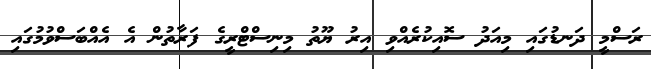
ރަސްމީ ދަނޑުގައި މިއަދު ސޮއިކުރެއްވި އިރު ޔޫތު މިނިސްޓްރީގެ ފަރާތުން އެ އެއްބަސްވުމުގައި